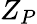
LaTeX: Z_{P}